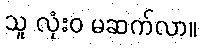
သူ လုံးဝ မဆက်လာ။